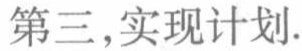
第三,实现计划.